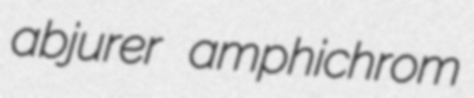
abjurer amphichrom